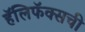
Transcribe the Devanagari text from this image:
हॅलिफॅक्सची